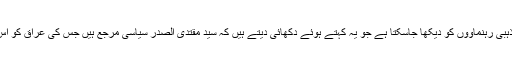
عراق میں بہت سے ایسے مذہبی رہنماووں کو دیکھا جاسکتا ہے جو یہ کہتے ہوئے دکھائی دیتے ہیں کہ سید مقتدی الصدر سیاسی مرجع ہیں جس کی عراق کو اس وقت انتہائی ضرورت ہے۔